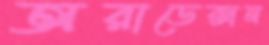
অরাডেক্সন